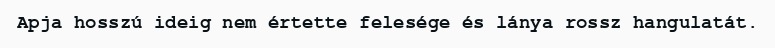
Apja hosszú ideig nem értette felesége és lánya rossz hangulatát.